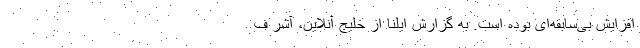
افزایش بی‌سابقه‌ای بوده است. به گزارش ایلنا از خلیج آنلاین، آشر ف